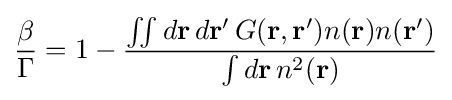
{\frac {\beta }{\Gamma }}=1-{\frac {\iint d\mathbf {r} \,d\mathbf {r} '\,G(\mathbf {r} ,\mathbf {r} ')n(\mathbf {r} )n(\mathbf {r} ')}{\int d\mathbf {r} \,n^{2}(\mathbf {r} )}}